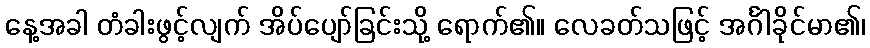
နေ့အခါ တံခါးဖွင့်လျက် အိပ်ပျော်ခြင်းသို့ ရောက်၏။ လေခတ်သဖြင့် အင်္ဂါခိုင်မာ၏၊